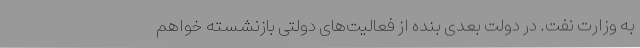
به وزارت نفت. در دولت بعدی بنده از فعالیت‌های دولتی بازنشسته خواهم